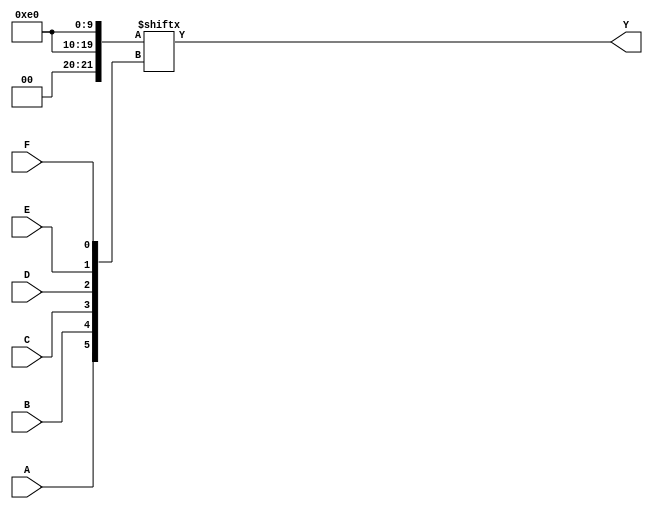
module kmap_6var (
    input wire A,      // Input variable A
    input wire B,      // Input variable B
    input wire C,      // Input variable C
    input wire D,      // Input variable D
    input wire E,      // Input variable E
    input wire F,      // Input variable F
    output wire Y      // Output Y
);

// Intermediate variable for addressing K-map cells
wire [63:0] kmap;

// Populate the K-map based on the truth table
assign kmap[0]   = 1'b0; // A'B'C'D'E'F' (0)
assign kmap[1]   = 1'b0; // A'B'C'D'E'F (1)
assign kmap[2]   = 1'b0; // A'B'C'D'EF' (2)
assign kmap[3]   = 1'b0; // A'B'C'D'EF (3)
assign kmap[4]   = 1'b0; // A'B'C'DE'F' (4)
assign kmap[5]   = 1'b1; // A'B'C'DE'F (5) - Example
assign kmap[6]   = 1'b1; // A'B'C'DEF' (6) - Example
assign kmap[7]   = 1'b1; // A'B'C'DEF (7) - Example
// Add more assignments for all 64 combinations based on truth table

// You can set the K-map cells based on the truth table
// Add appropriate values for each cell (0 or 1) below:
assign kmap[8]   = 1'b0; // A'B'C'DE'F (8)
assign kmap[9]   = 1'b0; // A'B'C'DE'F (9)
// ...
assign kmap[62]  = 1'b0; // A'BCDEF (62)
assign kmap[63]  = 1'b0; // ABCDEF (63)

// Generate output Y based on the K-map logic
assign Y = kmap[{A, B, C, D, E, F}]; // Use the combined inputs to access K-map

endmodule